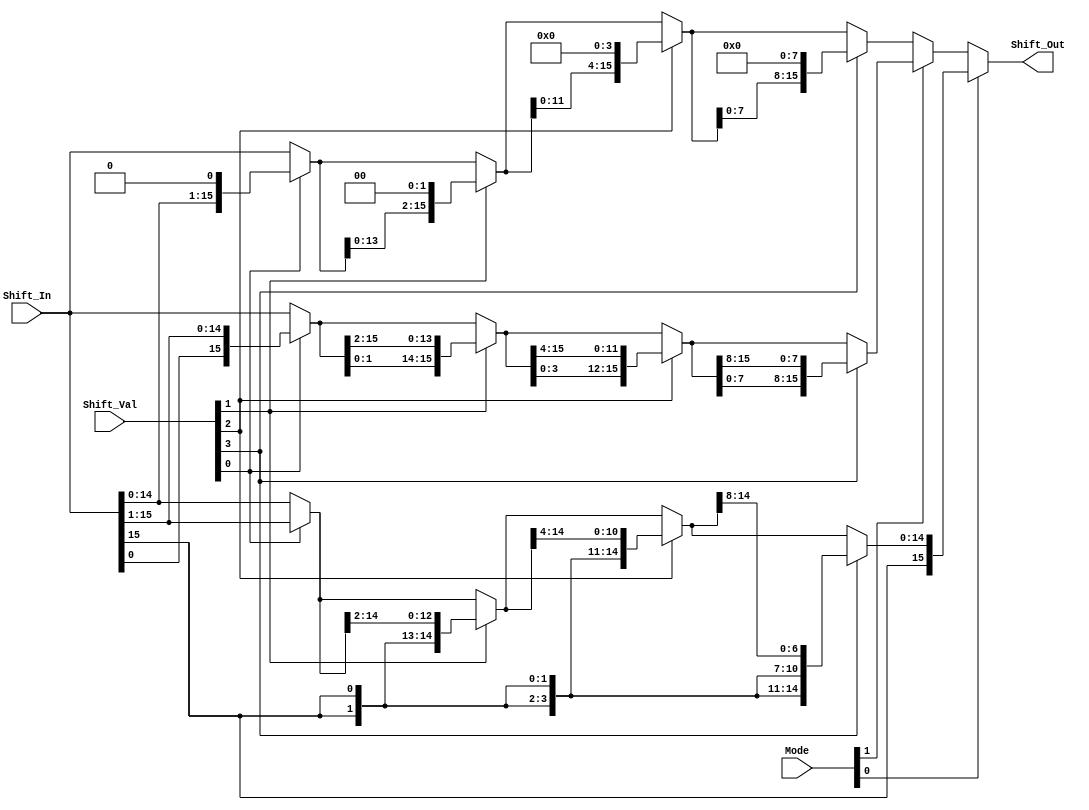
module Shifter(Shift_Out, Shift_In, Shift_Val, Mode);  // mode is last two of opcode 
input[15:0] Shift_In;
input[3:0] Shift_Val;
input [1:0] Mode;
output[15:0] Shift_Out;

wire [15:0] l1, l2, l3, l4, r1, r2, r3, r4, t1, t2, t3, t4;

assign l1 = (Shift_Val[0]) ? {Shift_In[14:0], 1'b0} : Shift_In;  // SLL
assign l2 = (Shift_Val[1]) ? {l1[13:0], 2'b00} : l1;
assign l3 = (Shift_Val[2]) ? {l2[11:0], 4'b0000} : l2;
assign l4 = (Shift_Val[3]) ? {l3[7:0], 8'h00} : l3;

assign r1 = (Shift_Val[0]) ? {Shift_In[15], Shift_In[15:1]} : Shift_In;  // SRA
assign r2 = (Shift_Val[1]) ? { {2{Shift_In[15]}}, r1[15:2]} : r1;
assign r3 = (Shift_Val[2]) ? { {4{r2[15]}}, r2[15:4]} : r2;
assign r4 = (Shift_Val[3]) ? { {8{r3[15]}}, r3[15:8]} : r3;

assign t1 = (Shift_Val[0]) ? {Shift_In[0], Shift_In[15:1]} : Shift_In;  // ROT
assign t2 = (Shift_Val[1]) ? { t1[1:0], t1[15:2]} : t1;
assign t3 = (Shift_Val[2]) ? { t2[3:0], t2[15:4]} : t2;
assign t4 = (Shift_Val[3]) ? { t3[7:0], t3[15:8]} : t3;

assign Shift_Out = (Mode[0]) ? r4 : (Mode[1]) ? t4 : l4;

endmodule